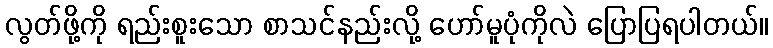
လွတ်ဖို့ကို ရည်းစူးသော စာသင်နည်းလို့ ဟော်မူပုံကိုလဲ ပြောပြရပါတယ်။